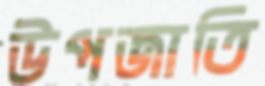
উপজাতি